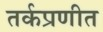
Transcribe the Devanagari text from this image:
तर्कप्रणीत